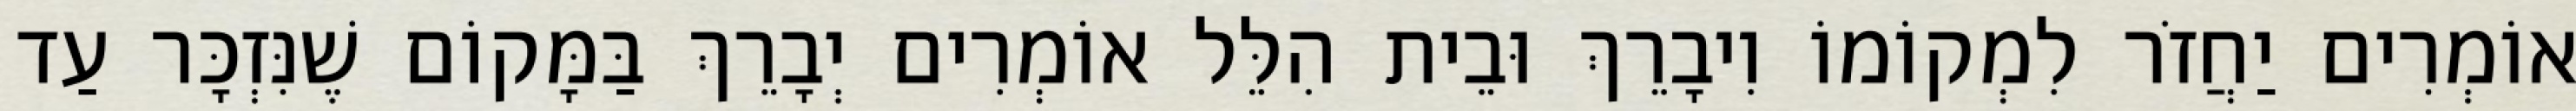
אוֹמְרִים יַחֲזֹר לִמְקוֹמוֹ וִיבָרֵךְ וּבֵית הִלֵּל אוֹמְרִים יְבָרֵךְ בַּמָּקוֹם שֶׁנִּזְכָּר עַד